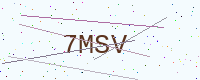
Text: 7MSV